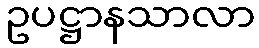
ဥပဋ္ဌာနသာလာ